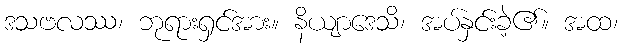
ဒသဗလဿ၊ ဘုရားရှင်အား။ နိယျာဒေသိ၊ အပ်နှင်းခဲ့၏။ အထ၊